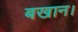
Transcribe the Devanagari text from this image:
बखान।